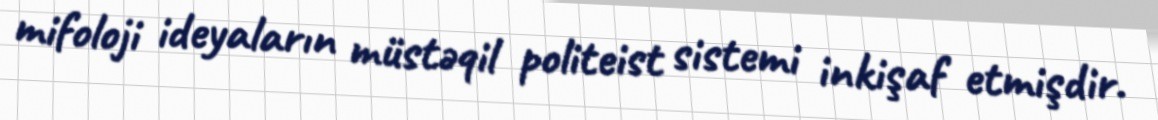
mifoloji ideyaların müstəqil politeist sistemi inkişaf etmişdir.